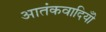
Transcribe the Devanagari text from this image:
आतंकवादियोँ